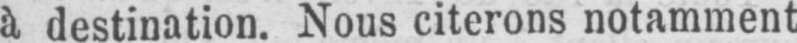
à destination. Nous citerons notamment